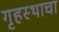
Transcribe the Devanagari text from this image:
गृहस्थाचा